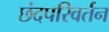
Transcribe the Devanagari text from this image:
छंदपरिवर्तन